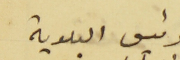
رئيس البلدية